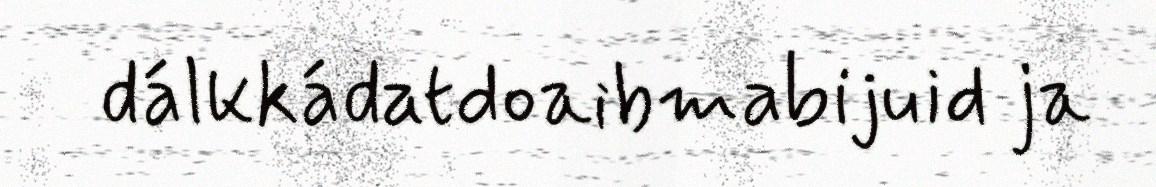
dálkkádatdoaibmabijuid ja